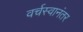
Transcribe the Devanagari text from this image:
वर्चस्वानंतर